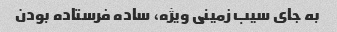
به جای سیب زمینی ویژه، ساده فرستاده بودن